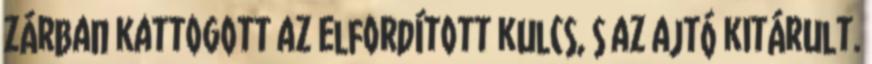
zárban kattogott az elfordított kulcs, s az ajtó kitárult.